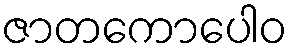
ဇာတကောပေါဝ